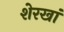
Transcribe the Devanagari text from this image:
शेरखां